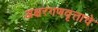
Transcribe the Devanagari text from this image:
अक्षरगणवृत्ताचे